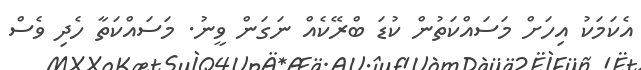
އެކަމަކު އިހަށް މަސައްކަތުން ކުޑަ ބްރޭކެއް ނަގަން ވީނު. މަސައްކަތާ ހެދި ވެސް